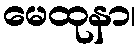
မေထုနာ၊